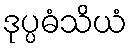
ဒုပ္ပဓံသိယံ